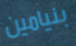
بنيامين